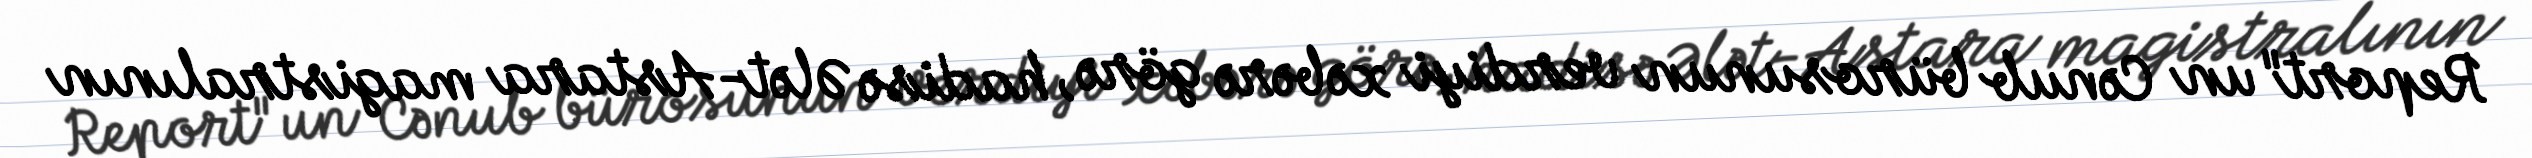
Report"un Cənub bürosunun verdiyi xəbərə görə, hadisə Ələt-Astara magistralının